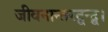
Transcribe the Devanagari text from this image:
जीवनान्तरद्वन्द्व।